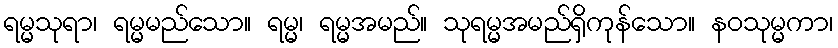
ရမ္မသုရာ၊ ရမ္မမည်သော။ ရမ္မ၊ ရမ္မအမည်။ သုရမ္မအမည်ရှိကုန်သော။ နဝသုမ္မကာ၊